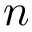
n